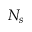
N _ { s }